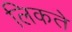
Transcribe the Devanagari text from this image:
लिकते